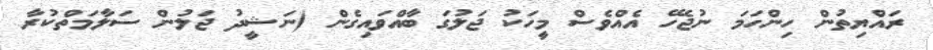
ރައްޔިތުން ހިންހަމަ ނުޖެހޭ އެއްވެސް މީހަކު ޖަލުގަ ބާއްވައިގެން (ނަޝީދު ޖަލުން ސަލާމަތްކުރާ